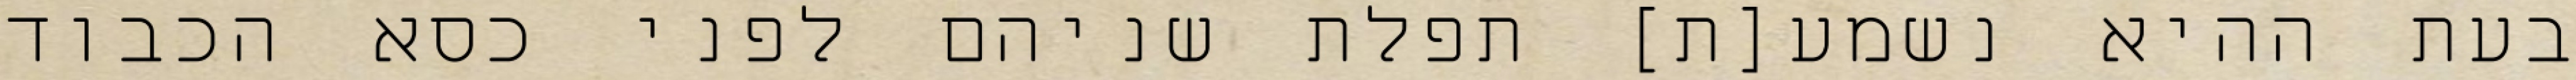
בעת ההיא נשמע[ת] תפלת שניהם לפני כסא הכבוד